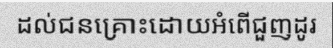
ដល់ជនគ្រោះដោយអំពើជួញដូរ